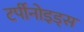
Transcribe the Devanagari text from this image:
टर्पीनोइड्स